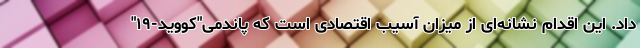
داد. این اقدام نشانه‌ای از میزان آسیب اقتصادی است که پاندمی"کووید-۱۹"